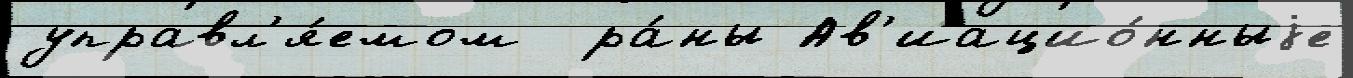
управл'я́емом  ра́ны Ав'иацио́нныjе